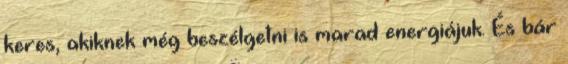
keres, akiknek még beszélgetni is marad energiájuk. És bár